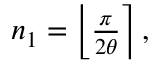
\begin{array} { r } { { } n _ { 1 } = \left\lfloor \frac { \pi } { 2 \theta } \right\rceil , } \end{array}